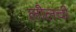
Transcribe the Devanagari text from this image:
लीलची